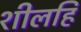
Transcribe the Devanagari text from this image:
शीलहि